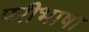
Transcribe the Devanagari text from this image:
परीभाषा